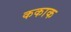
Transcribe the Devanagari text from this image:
ककाक